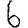
Digit: 6